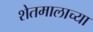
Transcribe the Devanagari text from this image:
शेतमालाच्या